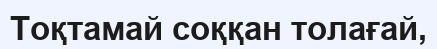
Тоқтамай соққан толағай,